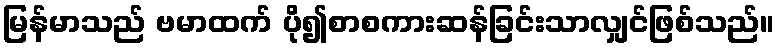
မြန်မာသည် ဗမာထက် ပို၍စာစကားဆန်ခြင်းသာလျှင်ဖြစ်သည်။